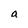
Character: a